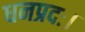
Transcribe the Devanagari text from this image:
धनप्रदः।